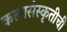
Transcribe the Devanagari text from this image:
कलासंस्कृतीची